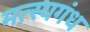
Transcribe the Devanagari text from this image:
मत्स्यगंध